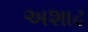
અશાઢ